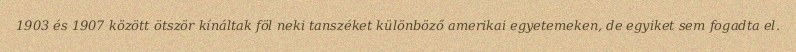
1903 és 1907 között ötször kínáltak föl neki tanszéket különböző amerikai egyetemeken, de egyiket sem fogadta el.